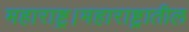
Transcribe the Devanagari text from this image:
महाराष्ट्र।महाराष्ट्रातील